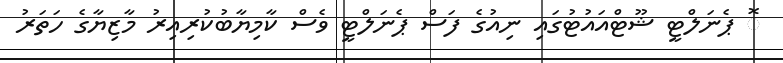
ޮ ޕެނަލްޓީ ޝޫޓްއައުޓުގައި ނިއުގެ ފަސް ޕެނަލްޓީ ވެސް ކާމިޔާބުކުރިއިރު މާޒިޔާގެ ހަތަރު